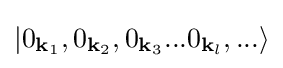
|0_{{\mathbf {k} }_{1}},0_{{\mathbf {k} }_{2}},0_{{\mathbf {k} }_{3}}...0_{{\mathbf {k} }_{l}},...\rangle